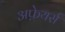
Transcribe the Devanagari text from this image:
अफ़ेयर्स